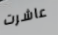
عاشرت